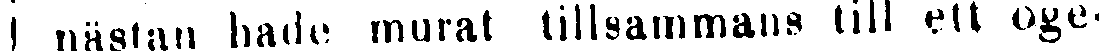
I nästan hade murat tillsammans till ett oge-